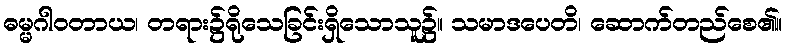
ဓမ္မဂါဝတာယ၊ တရား၌ရိုသေခြင်းရှိသောသူ၌။ သမာဒပေတိ၊ ဆောက်တည်စေ၏။